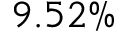
9 . 5 2 \%